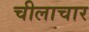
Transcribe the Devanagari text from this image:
चीलाचार